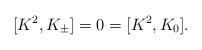
LaTeX: \begin{align*} [K^2,K_\pm]=0=[K^2,K_0].\end{align*}